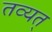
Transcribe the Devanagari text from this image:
तव्यत्